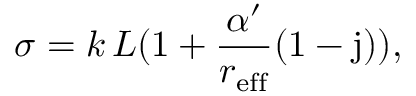
\sigma = k \, L ( 1 + \frac { \alpha ^ { \prime } } { r _ { \mathrm { e f f } } } ( 1 - \mathrm { j } ) ) ,